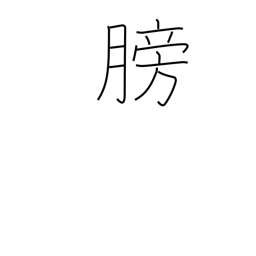
Meaning: bladder